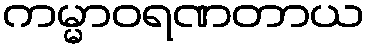
ကမ္မာဝရဏတာယ